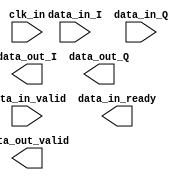
module cic_comp_filter
    #(parameter DATA_IN_WIDTH = 16,
    parameter DATA_OUT_WIDTH = 16,
    parameter PATH_DATA_WIDTH = 24)(
    input clk_in,
    input [DATA_IN_WIDTH-1:0] data_in_I,
    input [DATA_IN_WIDTH-1:0] data_in_Q,
    input data_in_valid,
    output data_in_ready,
    output [DATA_OUT_WIDTH-1:0] data_out_I,
    output [DATA_OUT_WIDTH-1:0] data_out_Q,
    output data_out_valid
    );
    
    `ifdef USE_XILINX_IP
        // USE XILINX IP
        
        // WARNING : START UP LATENCY = 9 CLKs
        
        // AXI4 Stream Port Structure
        // S_AXIS_DATA
        // Data Field            Type
        // Q    PATH_1(31:16)    fix16_0
        // I    PATH_0(15: 0)    fix16_0
        // M_AXIS_DATA
        // Data Field            Type
        // Q    PATH_1(41:24)    fix18_0
        // I    PATH_0(17: 0)    fix18_0
        
        // [17:0] -> [15:0]
        
        wire [DATA_IN_WIDTH*2-1:0] data_in;
        assign data_in = {data_in_Q,data_in_I};
        
        wire [PATH_DATA_WIDTH*2-1:0] data_out;
        assign data_out_I = data_out[DATA_OUT_WIDTH+PATH_DATA_WIDTH*0-1:PATH_DATA_WIDTH*0];
        assign data_out_Q = data_out[DATA_OUT_WIDTH+PATH_DATA_WIDTH*1-1:PATH_DATA_WIDTH*1];
        
        //----------- Begin Cut here for INSTANTIATION Template ---// INST_TAG
        cic_comp_filter_0 cic_comp_filter_inst (
          .aclk                 (clk_in),           // input wire aclk
          .s_axis_data_tvalid   (data_in_valid),    // input wire s_axis_data_tvalid
          .s_axis_data_tready   (data_in_ready),    // output wire s_axis_data_tready
          .s_axis_data_tdata    (data_in),          // input wire [31 : 0] s_axis_data_tdata
          .m_axis_data_tvalid   (data_out_valid),   // output wire m_axis_data_tvalid
          .m_axis_data_tdata    (data_out)          // output wire [47 : 0] m_axis_data_tdata
        );
        // INST_TAG_END ------ End INSTANTIATION Template ---------
        
    `endif

endmodule